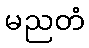
မညတံ